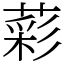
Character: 𦹮